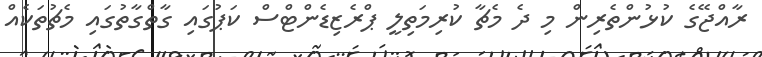
ރާއްޖޭގެ ކުޅުންތެރިން މި ދެ މެޗާ ކުރިމަތިލީ ޕްރެޒިޑެންޓްސް ކަޕުގައި ގާތްގާތުގައި މެޗުތަކެއް